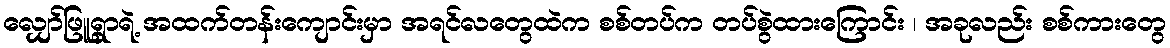
လျှော်ဖြူရွာရဲ့ အထက်တန်းကျောင်းမှာ အရင်လတွေထဲက စစ်တပ်က တပ်စွဲထားကြောင်း ၊ အခုလည်း စစ်ကားတွေ